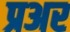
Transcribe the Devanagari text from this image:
प्रअर